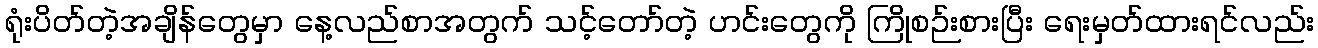
ရုံးပိတ်တဲ့အချိန်တွေမှာ နေ့လည်စာအတွက် သင့်တော်တဲ့ ဟင်းတွေကို ကြိုစဉ်းစားပြီး ရေးမှတ်ထားရင်လည်း